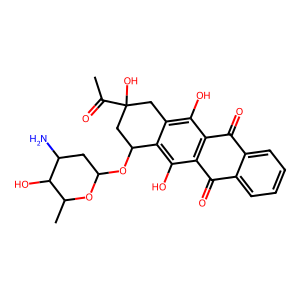
SMILES: CC(=O)C1(O)Cc2c(O)c3c(c(O)c2C(OC2CC(N)C(O)C(C)O2)C1)C(=O)c1ccccc1C3=O
Inhibits HIV replication: No